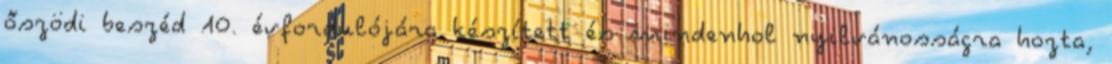
őszödi beszéd 10. évfordulójára készített és mindenhol nyilvánosságra hozta,